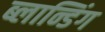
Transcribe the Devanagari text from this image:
ब्लान्डिंग